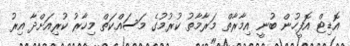
އޮޑިޓް އޮފީހުން ބުނީ އިމާރާތް މަރާމާތު ކުރުމުގެ މަސައްކަތް މިހާރު ކުރިއަށްދާ އިރު